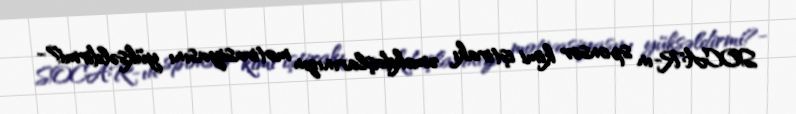
SOCAR-ın sponsor kimi iştirakı əməkdaşlarınızın motivasiyasını yüksəldirmi?-